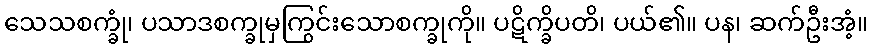
သေသစက္ခုံ၊ ပသာဒစက္ခုမှကြွင်းသောစက္ခုကို။ ပဋိက္ခိပတိ၊ ပယ်၏။ ပန၊ ဆက်ဦးအံ့။